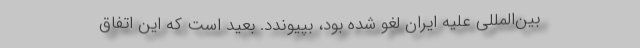
بین‌المللی علیه ایران لغو شده بود، بپیوندد. بعید است که این اتفاق